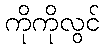
ကိုကိုလွင်